Insane asylums Bombay 1873-77 - 1873-1877
Year: 1873
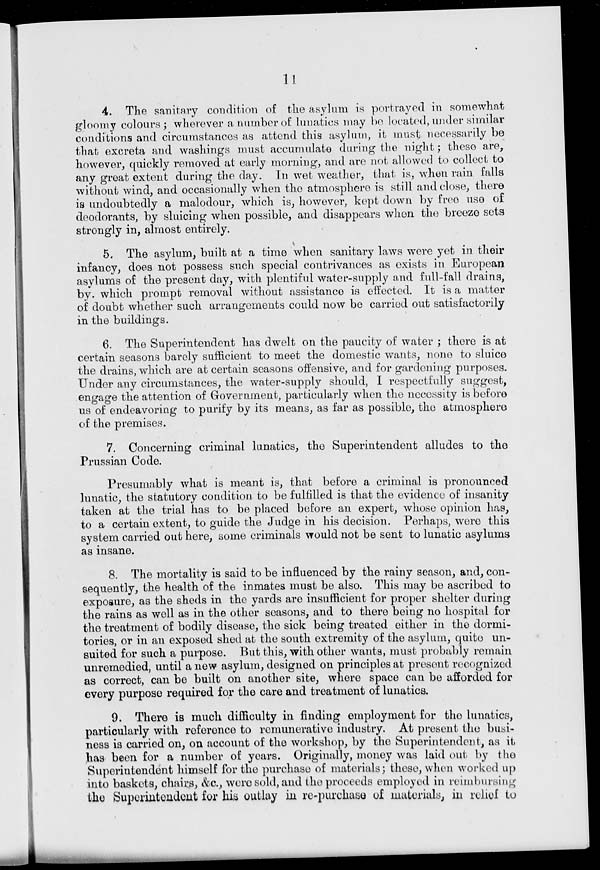
11
4. The sanitary condition of the asylum is portrayed in somewhat
gloomy colours; wherever a number of lunatics may be located, under similar
conditions and circumstances as attend this asylum, it must necessarily be
that excreta and washings must accumulate during the night; these are,
however, quickly removed at early morning, and are not allowed to collect to
any great extent during the day. In wet weather, that is, when rain falls
without wind, and occasionally when the atmosphere is still and close, there
is undoubtedly a malodour, which is, however, kept down by free use of
deodorants, by sluicing when possible, and disappears when the breeze sets
strongly in, almost entirely.
5. The asylum, built at a time when sanitary laws were yet in their
infancy, does not possess such special contrivances as exists in European
asylums of the present day, with plentiful water-supply and full-fall drains,
by. which prompt removal without assistance is effected. It is a matter
of doubt whether such arrangements could now be carried out satisfactorily
in the buildings.
6. The Superintendent has dwelt on the paucity of water ; there is at
certain seasons barely sufficient to meet the domestic wants, none to sluice
the drains, which are at certain seasons offensive, and for gardening purposes.
Under any circumstances, the water-supply should, I respectfully suggest,
engage the attention of Government, particularly when the necessity is before
us of endeavoring to purify by its means, as far as possible, the atmosphere
of the premises.
7. Concerning criminal lunatics, the Superintendent alludes to the
Prussian Code.
Presumably what is meant is, that before a criminal is pronounced
lunatic, the statutory condition to be fulfilled is that the evidence of insanity
taken at the trial has to be placed before an expert, whose opinion has,
to a certain extent, to guide the Judge in his decision. Perhaps, were this
system carried out here, some criminals would not be sent to lunatic asylums
as insane.
8. The mortality is said to be influenced by the rainy season, and, con-
sequently, the health of the inmates must be also. This may be ascribed to
exposure, as the sheds in the yards are insufficient for proper shelter during
the rains as well as in the other seasons, and to there being no hospital for
the treatment of bodily disease, the sick being treated either in the dormi-
tories, or in an exposed shed at the south extremity of the asylum, quite un-
suited for such a purpose. But this, with other wants, must probably remain
unremedied, until a new asylum, designed on principles at present recognized
as correct, can be built on another site, where space can be afforded for
every purpose required for the care and treatment of lunatics.
9. There is much difficulty in finding employment for the lunatics,
particularly with reference to remunerative industry. At present the busi-
ness is carried on, on account of the workshop, by the Superintendent, as it
has been for a number of years. Originally, money was laid out by the
Superintendent himself for the purchase of materials; these, when worked up
into baskets, chairs, &c., were sold, and the proceeds employed in reimbursing
the Superintendent for his outlay in re-purchase of materials, in relief to